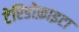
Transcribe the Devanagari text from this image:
टेरिडोफ़ाइटा